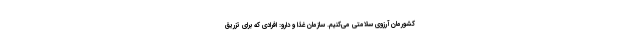
کشورمان آرزوی سلامتی می‌کنیم. سازمان غذا و دارو: افرادی که برای تزریق